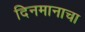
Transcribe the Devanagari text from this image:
दिनमानाचा